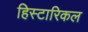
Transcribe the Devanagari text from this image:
हिस्टारिकल